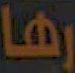
رها